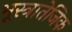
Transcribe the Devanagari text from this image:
भूस्त्रातेजिक